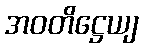
အဝတိဋ္ဌေယျ